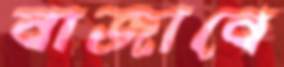
বাজাবে